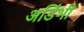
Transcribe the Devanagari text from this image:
अडिंभी